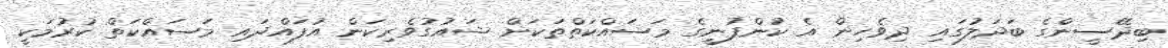
ބިދޭސީންގެ ބަދަލުގައި ދިވެހިން އެ ކުންފުނީގެ މަސައްކަތްތަކަށް ޝައުގުވެރިކަން އުފައްދައި މަސައްކަތް ކުރުމަކީ